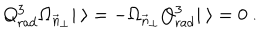
Q _ { \mathrm { r a d } } ^ { 3 } \Omega _ { \vec { n } _ { \bot } } | \ \rangle = - \Omega _ { \vec { n } _ { \bot } } Q _ { \mathrm { r a d } } ^ { 3 } | \ \rangle = 0 \ .